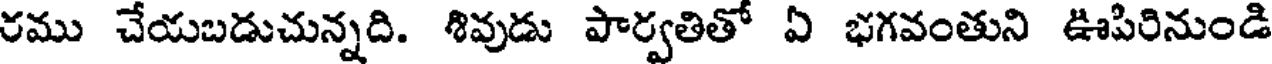
రము చేయబడుచున్నది. శివుడు పార్వతితో ఏ భగవంతుని ఊపిరినుండి